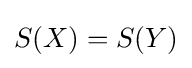
S(X)=S(Y)